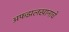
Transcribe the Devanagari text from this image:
अफझलखानाचे